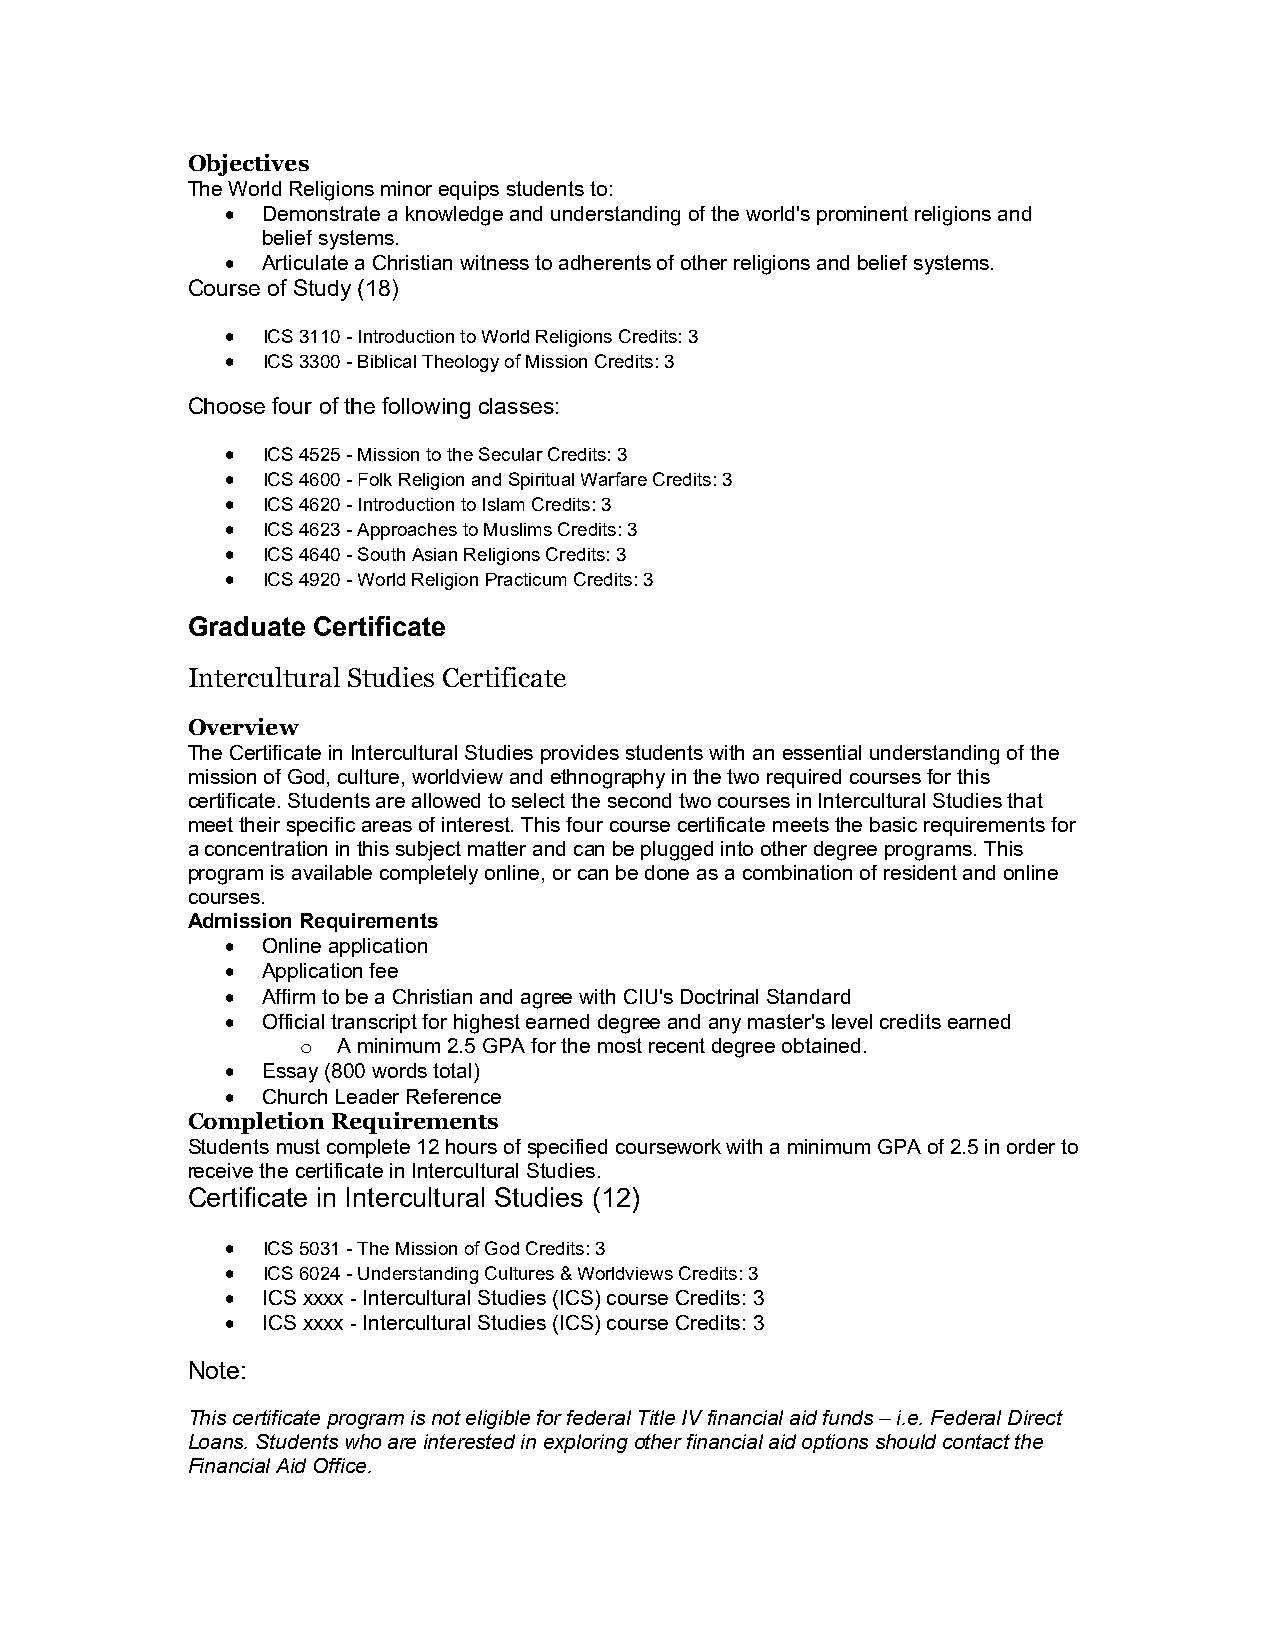
Objectives
 The World Religions minor equips students to:
  Demonstrate a knowledge and understanding of the world's prominent religions and
 belief systems.
  Articulate a Christian witness to adherents of other religions and belief systems.
 Course of Study (18)
  ICS 3110 - Introduction to World Religions Credits: 3
  ICS 3300 - Biblical Theology of Mission Credits: 3
 Choose four of the following classes:
  ICS 4525 - Mission to the Secular Credits: 3
  ICS 4600 - Folk Religion and Spiritual Warfare Credits: 3
  ICS 4620 - Introduction to Islam Credits: 3
  ICS 4623 - Approaches to Muslims Credits: 3
  ICS 4640 - South Asian Religions Credits: 3
  ICS 4920 - World Religion Practicum Credits: 3
 Graduate Certificate
 Intercultural Studies Certificate
 Overview
 The Certificate in Intercultural Studies provides students with an essential understanding of the
 mission of God, culture, worldview and ethnography in the two required courses for this
 certificate. Students are allowed to select the second two courses in Intercultural Studies that
 meet their specific areas of interest. This four course certificate meets the basic requirements for
 a concentration in this subject matter and can be plugged into other degree programs. This
 program is available completely online, or can be done as a combination of resident and online
 courses.
 Admission Requirements
  Online application
  Application fee
  Affirm to be a Christian and agree with CIU's Doctrinal Standard
  Official transcript for highest earned degree and any master's level credits earned
 o A minimum 2.5 GPA for the most recent degree obtained.
  Essay (800 words total)
  Church Leader Reference
 Completion Requirements
 Students must complete 12 hours of specified coursework with a minimum GPA of 2.5 in order to
 receive the certificate in Intercultural Studies.
 Certificate in Intercultural Studies (12)
  ICS 5031 - The Mission of God Credits: 3
  ICS 6024 - Understanding Cultures & Worldviews Credits: 3
  ICS xxxx - Intercultural Studies (ICS) course Credits: 3
  ICS xxxx - Intercultural Studies (ICS) course Credits: 3
 Note:
 This certificate program is not eligible for federal Title IV financial aid funds – i.e. Federal Direct
 Loans. Students who are interested in exploring other financial aid options should contact the
 Financial Aid Office.